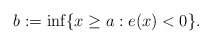
\begin{align*}b:=\inf\{x\geq a : e(x)< 0\}.\end{align*}